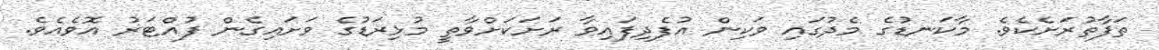
ތަފާތުރަށެކެވެ. މާކަނޑުގެ މެދުގައި ވަކިން އުފެދިފައިވާ ރަށަކަށްވާތީ މުޅިރަޑުގެ ވަށައިގެން ފުއްޓަރު އޮވެއެވެ.